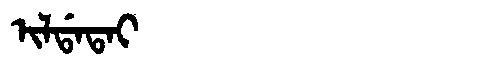
Manchu: ᡳᠯᡩᠠᡨᠠᡳ
Romanization: ILDATAI